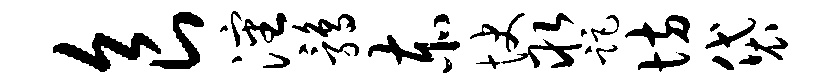
食沈鹑赤快取距坊袋